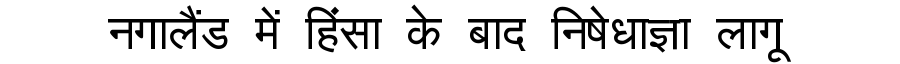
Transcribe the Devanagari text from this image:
नगालैंड में हिंसा के बाद निषेधाज्ञा लागू